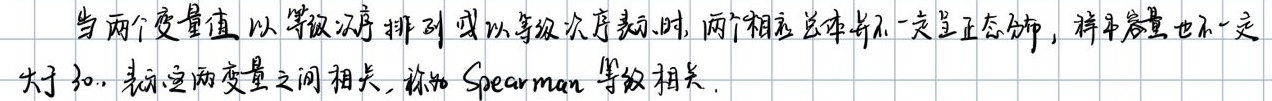
当两个变量值以等级次序排列或以等级次序表示时, 两个相应总体并不一定呈正态分布, 样本容量也不一定大于 30. 表示这两变量之间相关, 称为 Spearman 等级相关.